Plague in India, 1896, 1897 - Volume 1
Year: 1896
Disease focus: Plague
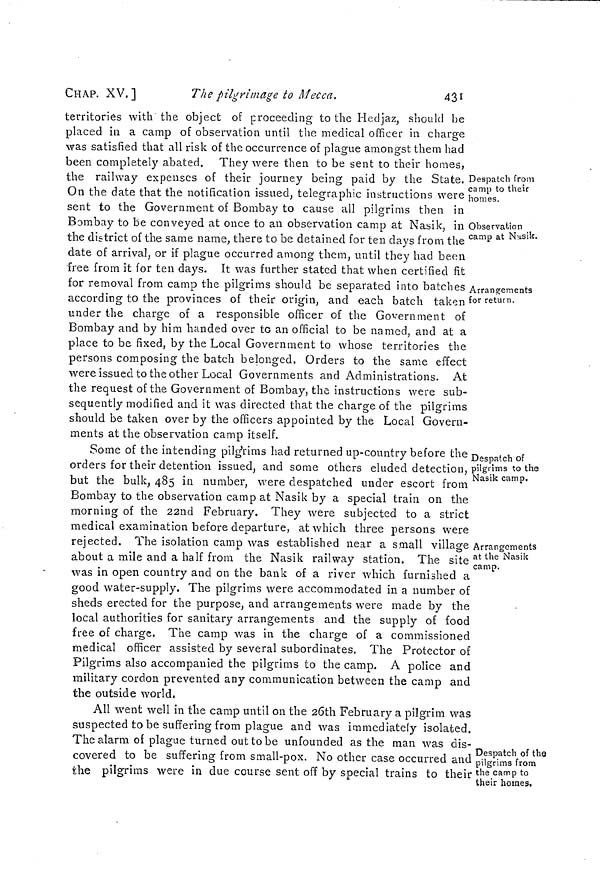
CHAP. XV. ]
The pilgrimage to Mecca.
431
Despatch from
camp to their
homes.
territories with the object of proceeding to the Hedjaz, should he
placed in a camp of observation until the medical officer in charge
was satisfied that all risk of the occurrence of plague amongst them had
been completely abated. They were then to be sent to their homes,
the railway expenses of their journey being paid by the State.
On the date that the notification issued, telegraphic instructions were
sent to the Government of Bombay to cause all pilgrims then in
Observation
camp at Nasik.
Bombay to be conveyed at once to an observation camp at Nasik, in
the district of the same name, there to be detained for ten clays from the '
date of arrival, or if plague occurred among them, until they had been
free from it for ten days. It was further stated that when certified fit
Arrangements
for return.
for removal from camp the pilgrims should be separated into batches
according to the provinces of their origin, and each batch taken
under the charge of a responsible officer of the Government of
Bombay and by him handed over to an official to be named, and at a
place to be fixed, by the Local Government to whose territories the
persons composing the batch belonged. Orders to the same effect
were issued to the other Local Governments and Administrations. At
the request of the Government of Bombay, the instructions were sub-
sequently modified and it was directed that the charge of the pilgrims
should be taken over by the officers appointed by the Local Govern-
ments at the observation camp itself.
Despatch of
pilgrims to the
Nasik camp.
Some of the intending pilgYims had returned up-country before the
orders for their detention issued, and some others eluded detection,
but the bulk, 485 in number, were despatched under escort from
Bombay to the observation camp at Nasik by a special train on the
morning of the 22nd February. They were subjected to a strict
medical examination before departure, at which three persons were
Arrangements
at the Nasik
camp.
rejected. The isolation camp was established near a small village
about a mile and a half from the Nasik railway station. The site
was in open country and on the bank of a river which furnished a
good water-supply. The pilgrims were accommodated in a number of
sheds erected for the purpose, and arrangements were made by the
local authorities for sanitary arrangements and the supply of food
free of charge. The camp was in the charge of a commissioned
medical officer assisted by several subordinates. The Protector of
Pilgrims also accompanied the pilgrims to the camp. A police and
military cordon prevented any communication between the camp and
the outside world.
Despatch of the
pilgrims from
the camp to
their homes.
All went well in the camp until on the 26th February a pilgrim was
suspected to be suffering from plague and was immediately isolated.
The alarm oí plague turned out to be unfounded as the man was dis-
covered to be suffering from small-pox. No other case occurred and
the pilgrims were in due course sent off by special trains to their